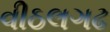
વીઠલગઢ